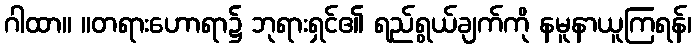
ဂါထာ။ ။တရားဟောရာ၌ ဘုရားရှင်၏ ရည်ရွယ်ချက်ကို နမူနာယူကြရန်၊